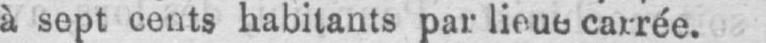
à sept cents habitants par lieue carrée.